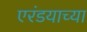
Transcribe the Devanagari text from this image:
एरंडयाच्या